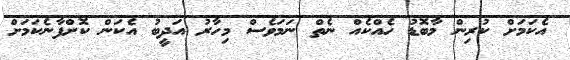
އެކަމަށް ކުރިން މާބޮޑު ހެއްކެއް ނެތް ނަމަވެސް މިހާރު އަދީބު އެކަން ކޮށްފާނެކަމަށް